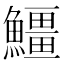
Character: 䲔